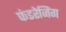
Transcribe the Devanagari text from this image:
फंडरेजिंग